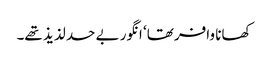
کھانا وافر تھا‘ انگور بے حد لذیذ تھے۔